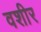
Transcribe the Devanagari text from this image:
वशीर